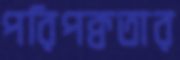
পরিপক্বতার